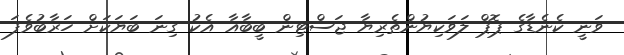
ވަނީ ކެނެޑާގެ ޕޮޕް ލަވަކިޔުންތެރިޔާ ޖަސްޓިން ބީބާއާ އެކު ގިނަ ބަޔަކަށް ހަރާބުވެފަ